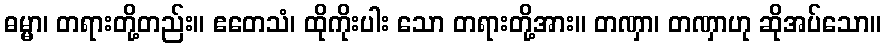
ဓမ္မာ၊ တရားတို့တည်း။ ဧတေသံ၊ ထိုကိုးပါး သော တရားတို့အား။ တဏှာ၊ တဏှာဟု ဆိုအပ်သော။